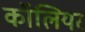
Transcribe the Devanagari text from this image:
कॉलियर